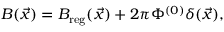
B ( \vec { x } ) = B _ { \mathrm { r e g } } ( \vec { x } ) + 2 \pi \Phi ^ { ( 0 ) } \delta ( \vec { x } ) ,